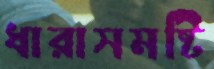
ধারাসমষ্টি